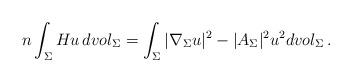
LaTeX: \begin{align*}n\int_{\Sigma}Hu\,dvol_{\Sigma} = \int_{\Sigma}|\nabla_{\Sigma} u|^2-|A_{\Sigma}|^2u^2dvol_{\Sigma} \,.\end{align*}